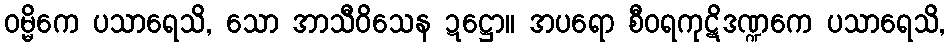
ဝမ္မိကေ ပသာရေသိ, သော အာသီဝိသေန ဍဋ္ဌော။ အပရော စီဝရကုဋိဒဏ္ဍကေ ပသာရေသိ,